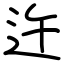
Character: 迕